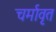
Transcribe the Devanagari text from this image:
चर्मावृत